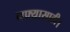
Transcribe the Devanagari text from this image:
नफ्यासाठी।